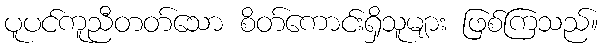
ပူပင်ကူညီတတ်သော စိတ်ကောင်းရှိသူများ ဖြစ်ကြသည်။